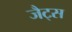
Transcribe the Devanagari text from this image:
जैट्स